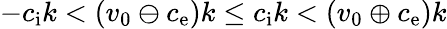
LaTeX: -c_{\mathrm{i}}k<(v_{0}\ominus c_{\mathrm{e}})k\le c_{\mathrm{i}}k<(v_{0}\oplus c_{\mathrm{e}})k